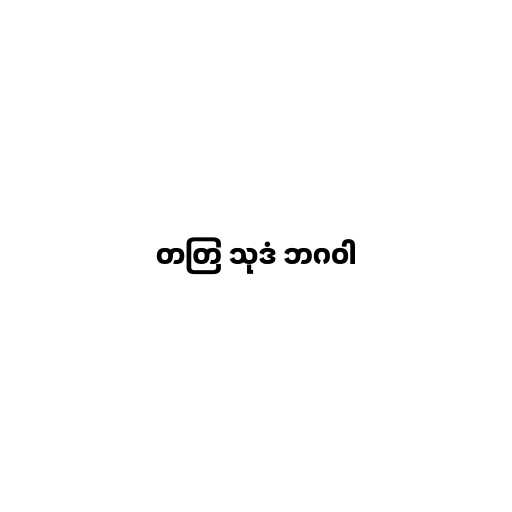
တတြ သုဒံ ဘဂဝါ